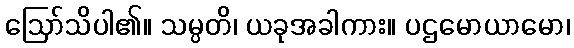
ဩော်သိပါ၏။ သမ္ပတိ၊ ယခုအခါကား။ ပဌမောယာမော၊